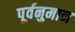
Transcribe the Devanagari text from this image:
पूर्वनुमान